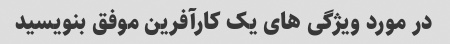
در مورد ویژگی های یک کارآفرین موفق بنویسید